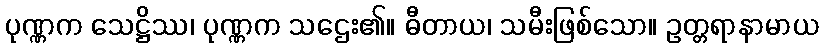
ပုဏ္ဏက သေဋ္ဌိဿ၊ ပုဏ္ဏက သဌေး၏။ ဓီတာယ၊ သမီးဖြစ်သော။ ဥတ္တရာနာမာယ